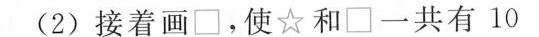
(2)接着画□，使☆和□一共有10